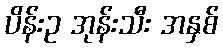
ပိန်းဥ အုန်းသီး အနှစ်